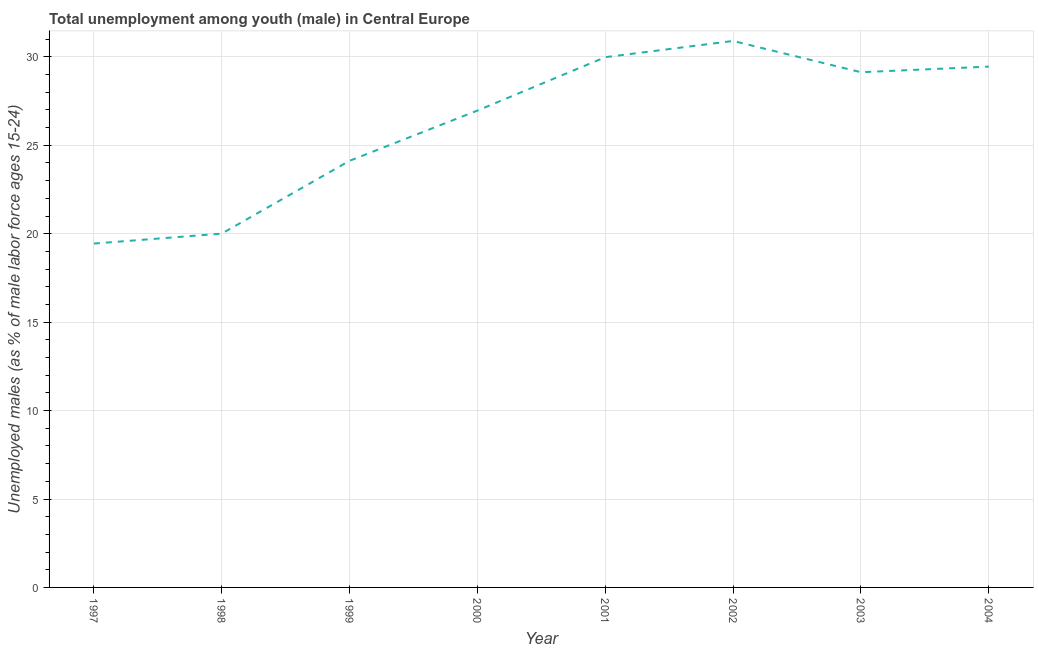
| Year | Unemployment |
 | --- | --- |
 | 1997 | 19.4 |
 | 1998 | 20 |
 | 1999 | 24.1 |
 | 2000 | 27 |
 | 2001 | 30 |
 | 2002 | 30.9 |
 | 2003 | 29.1 |
 | 2004 | 29.4 |